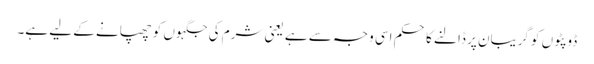
ڈوپٹوں کو گریبان پر ڈالنے کا حکم اسی وجہ سے ہے یعنی شرم کی جگہوں کو چھپانے کے لیے ہے۔